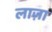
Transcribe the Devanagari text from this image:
लाज़ा